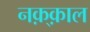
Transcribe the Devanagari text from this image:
नक़्क़ाल